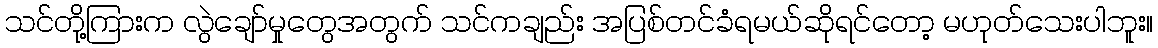
သင်တို့ကြားက လွဲချော်မှုတွေအတွက် သင်ကချည်း အပြစ်တင်ခံရမယ်ဆိုရင်တော့ မဟုတ်သေးပါဘူး။